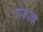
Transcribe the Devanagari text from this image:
पोकोक्क